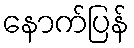
နောက်ပြန်